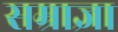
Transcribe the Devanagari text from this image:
सम्राज्ञा